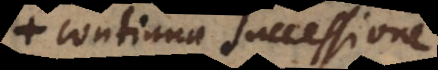
continua successione